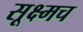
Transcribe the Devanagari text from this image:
सूक्ष्मच